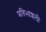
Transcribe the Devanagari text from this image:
प्रतिभाशली